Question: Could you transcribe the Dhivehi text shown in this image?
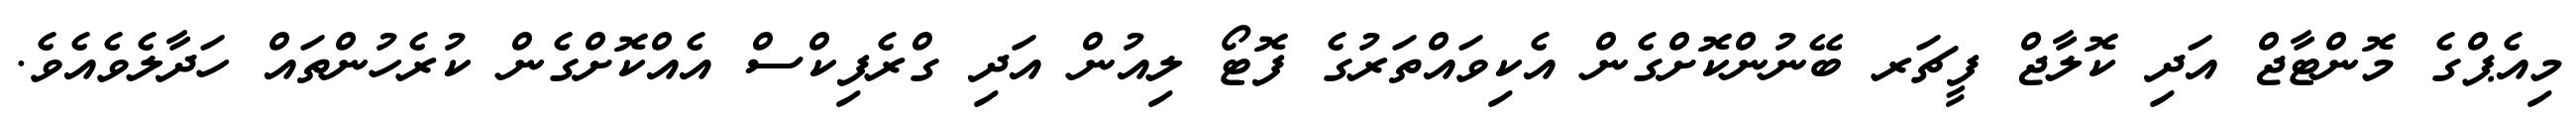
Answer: މިއެޕްގެ މޮންޓާޖް އަދި ކޮލާޖް ފީޗަރ ބޭނުންކޮށްގެން އެކިވައްތަރުގެ ފޮޓޯ ލިއުން އަދި ގްރެފިކްސް އެއްކޮށްގެން ކުރެހުންތައް ހަދާލެވެއެވެ.